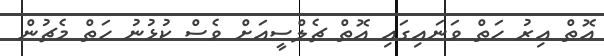
އޮތް އިރު ހަތް ވަނައިގައި އޮތް ޗެލްސީއަށް ވެސް ކުޅުނު ހަތް މެޗުން